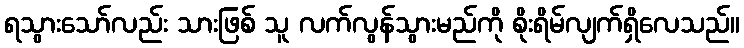
ရသွားသော်လည်း သားဖြစ် သူ လက်လွန်သွားမည်ကို စိုးရိမ်လျက်ရှိလေသည်။